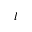
l